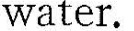
water.